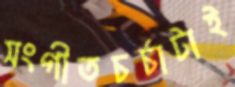
সংগীতচর্চাটাই